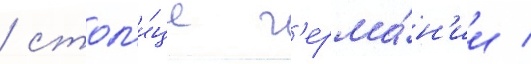
/ стол'и́це г'ерма́н'ии /